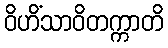
ဝိဟိံသာဝိတက္ကာတိ